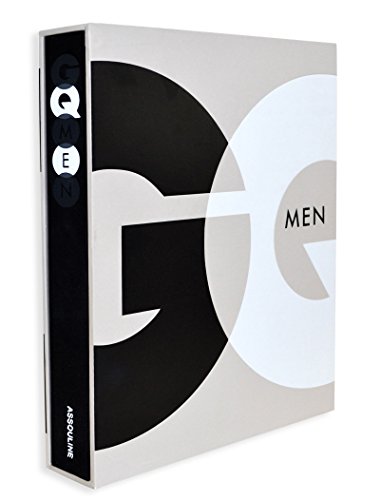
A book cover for GQ Men; Jim Nelson; Humor & Entertainment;